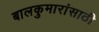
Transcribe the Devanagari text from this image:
बालकुमारांसाठी